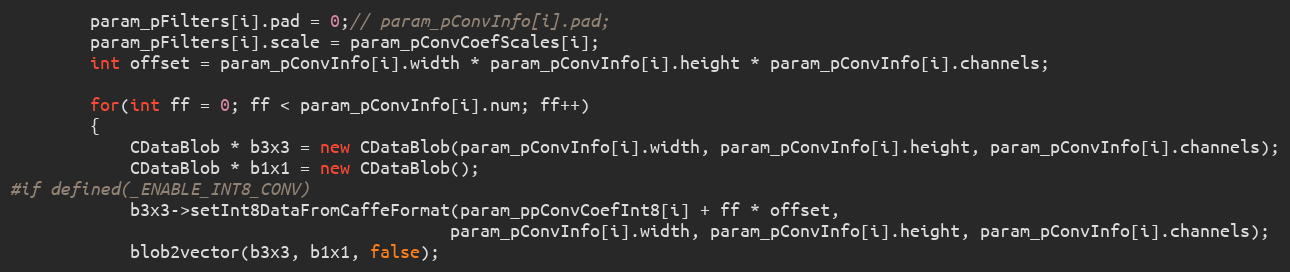
Language: C++
        param_pFilters[i].pad = 0;// param_pConvInfo[i].pad;
        param_pFilters[i].scale = param_pConvCoefScales[i];
        int offset = param_pConvInfo[i].width * param_pConvInfo[i].height * param_pConvInfo[i].channels;

        for(int ff = 0; ff < param_pConvInfo[i].num; ff++)
        {
            CDataBlob * b3x3 = new CDataBlob(param_pConvInfo[i].width, param_pConvInfo[i].height, param_pConvInfo[i].channels);
            CDataBlob * b1x1 = new CDataBlob();
#if defined(_ENABLE_INT8_CONV)
            b3x3->setInt8DataFromCaffeFormat(param_ppConvCoefInt8[i] + ff * offset,
                                            param_pConvInfo[i].width, param_pConvInfo[i].height, param_pConvInfo[i].channels);
            blob2vector(b3x3, b1x1, false);